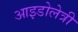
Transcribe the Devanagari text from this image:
आइडोलेत्री